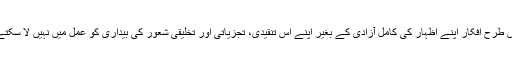
اس طرح افکار اپنے اظہار کی کامل آزادی کے بغیر اپنے اس تنقیدی، تجزیاتی اور تخلیقی شعور کی بیداری کو عمل میں نہیں لا سکتے۔